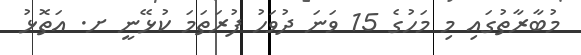
މުބާރާތުގައި މި މަހުގެ 15 ވަނަ ދުވަހު ފުރަތަމަ ކުޅޭނީ ށ. އަތޮޅު